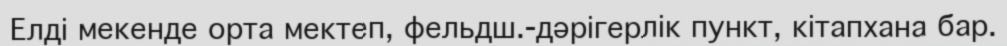
Елді мекенде орта мектеп, фельдш.-дәрігерлік пункт, кітапхана бар.